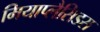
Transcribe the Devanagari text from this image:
मियाप्लैसिडस